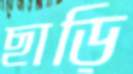
ছাড়ি